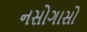
નસોગાસો